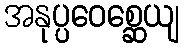
အနုပ္ပဝေစ္ဆေယျ